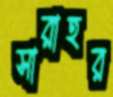
সারাহর